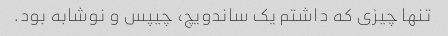
تنها چیزی که داشتم یک ساندویچ، چیپس و نوشابه بود.